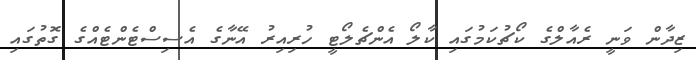
ޒިދާން ވަނީ ރެއާލްގެ ކޯޗުކަމުގައި ކާލޯ އެންޗެލޯޓީ ހުރިއިރު އޭނާގެ އެސިސްޓެންޓެއްގެ ގޮތުގައި